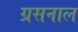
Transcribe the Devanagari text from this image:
ग्रसनाल